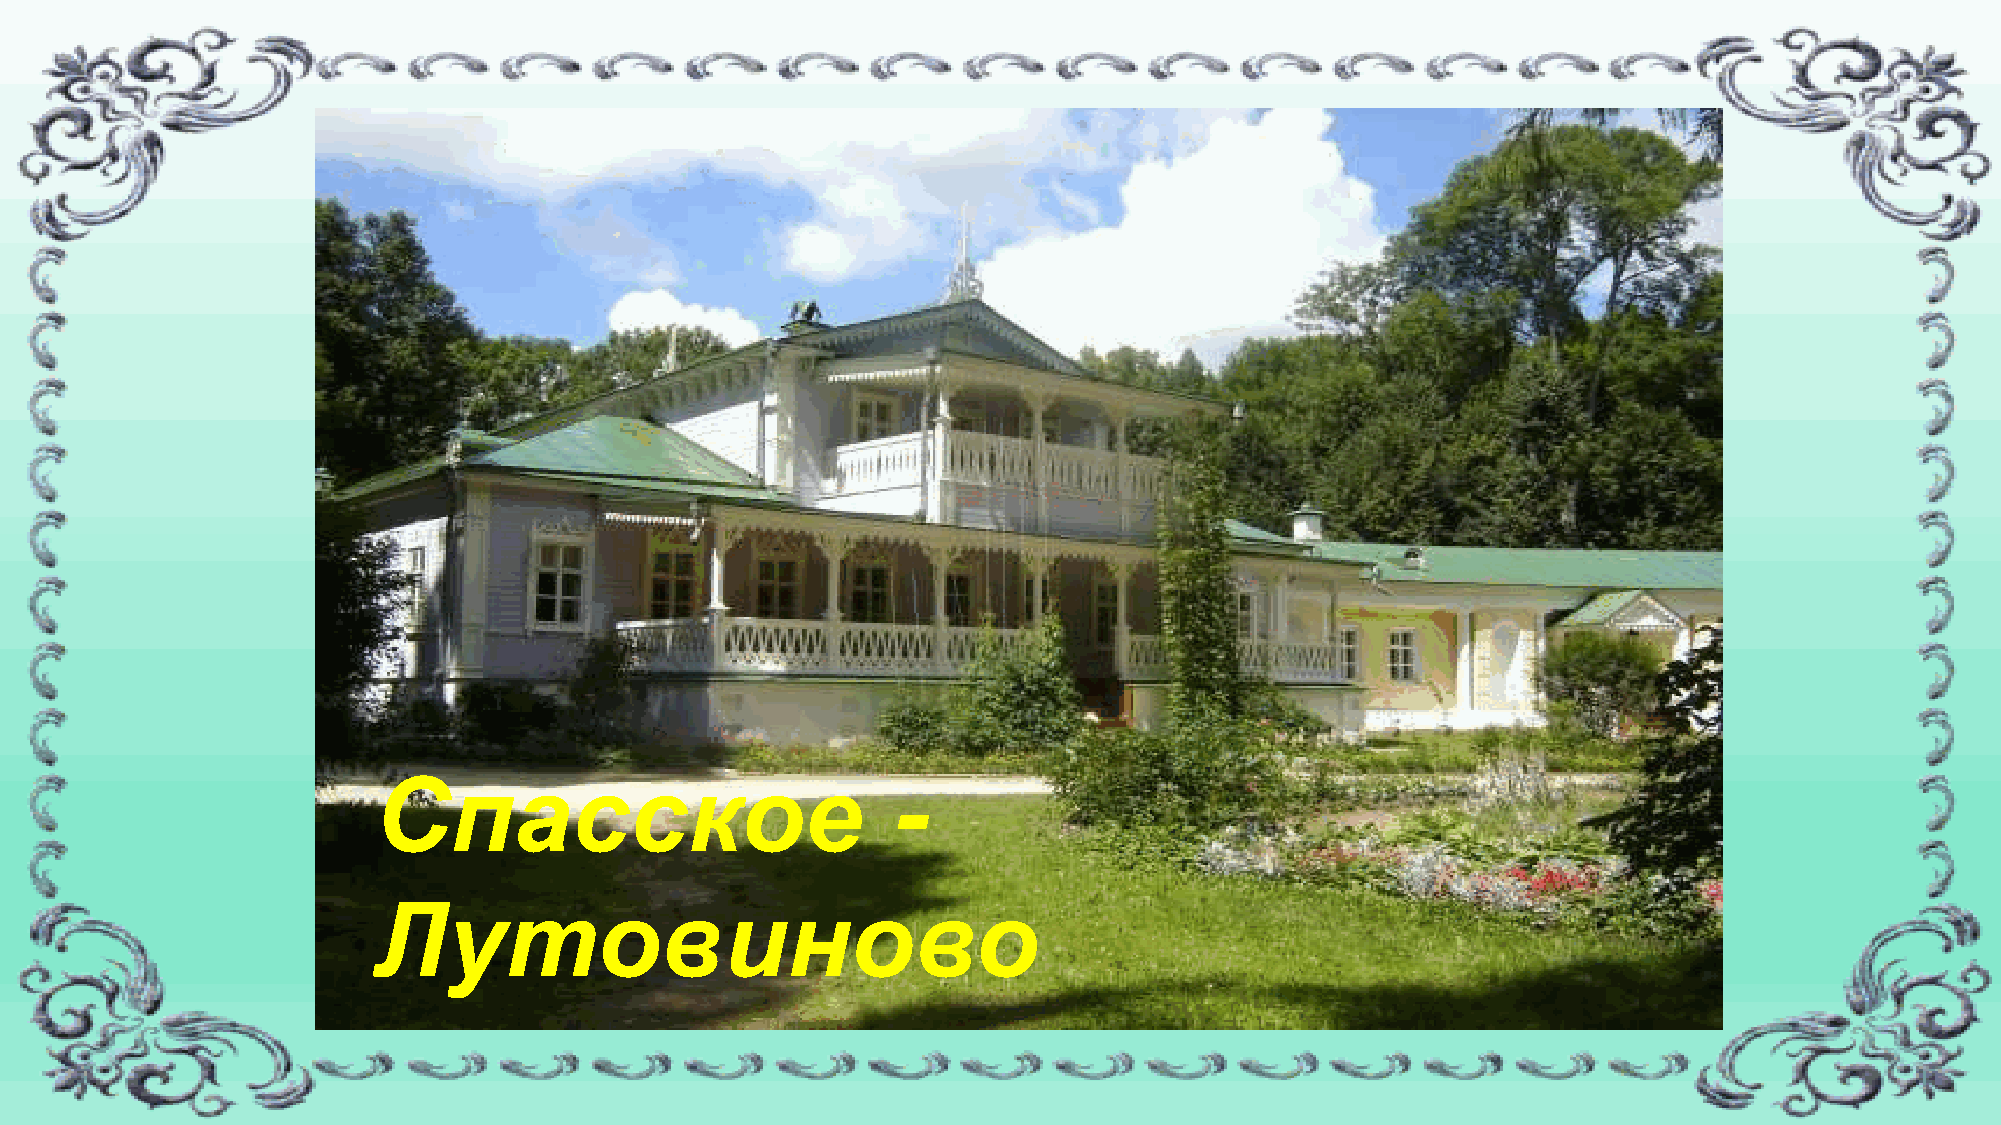
Спасское                          -
 Лутовиново